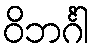
ဝိဘင်္ဂါ